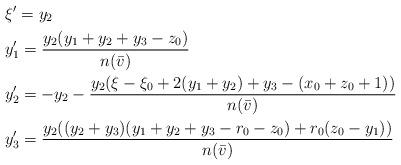
LaTeX: \begin{align*} &\xi^\prime=y_2\\ &y_1^\prime=\frac{y_2(y_1+y_2+y_3-z_0)}{n(\bar v)}\\ &y_2^\prime=-y_2-\frac{y_2(\xi-\xi_0+2(y_1+y_2)+y_3-(x_0+z_0+1))}{n(\bar v)}\\ &y_3^\prime=\frac{y_2((y_2+y_3)(y_1+y_2+y_3-r_0-z_0)+r_0(z_0-y_1))}{n(\bar v)} \end{align*}